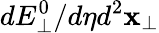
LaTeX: dE_{\perp}^{0}/d\eta d^{2}\mathbf{x}_{\perp}